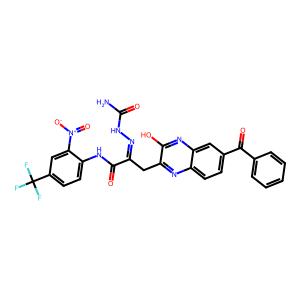
SMILES: NC(=O)NN=C(Cc1nc2ccc(C(=O)c3ccccc3)cc2nc1O)C(=O)Nc1ccc(C(F)(F)F)cc1[N+](=O)[O-]
Inhibits HIV replication: No